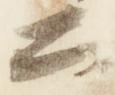
公